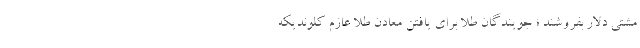
مشتی دلار بفروشند ؛ جویندگان طلا برای یافتن معادن طلا عازم کلوندیکه